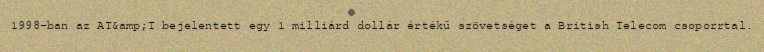
1998-ban az AT&amp;T bejelentett egy 1 milliárd dollár értékű szövetséget a British Telecom csoporrtal.